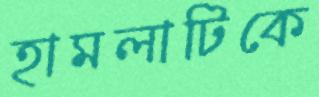
হামলাটিকে